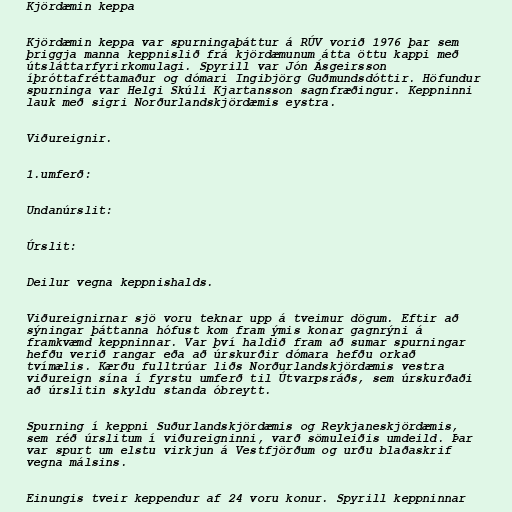
Kjördæmin keppa

Kjördæmin keppa var spurningaþáttur á RÚV vorið 1976 þar sem
þriggja manna keppnislið frá kjördæmunum átta öttu kappi með
útsláttarfyrirkomulagi. Spyrill var Jón Ásgeirsson
íþróttafréttamaður og dómari Ingibjörg Guðmundsdóttir. Höfundur
spurninga var Helgi Skúli Kjartansson sagnfræðingur. Keppninni
lauk með sigri Norðurlandskjördæmis eystra.

Viðureignir.

1.umferð:

Undanúrslit:

Úrslit:

Deilur vegna keppnishalds.

Viðureignirnar sjö voru teknar upp á tveimur dögum. Eftir að
sýningar þáttanna hófust kom fram ýmis konar gagnrýni á
framkvæmd keppninnar. Var því haldið fram að sumar spurningar
hefðu verið rangar eða að úrskurðir dómara hefðu orkað
tvímælis. Kærðu fulltrúar liðs Norðurlandskjördæmis vestra
viðureign sína í fyrstu umferð til Útvarpsráðs, sem úrskurðaði
að úrslitin skyldu standa óbreytt.

Spurning í keppni Suðurlandskjördæmis og Reykjaneskjördæmis,
sem réð úrslitum í viðureigninni, varð sömuleiðis umdeild. Þar
var spurt um elstu virkjun á Vestfjörðum og urðu blaðaskrif
vegna málsins.

Einungis tveir keppendur af 24 voru konur. Spyrill keppninnar